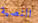
النصية